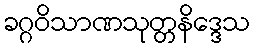
ခဂ္ဂဝိသာဏသုတ္တနိဒ္ဒေသ